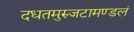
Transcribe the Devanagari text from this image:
दधतमुरुजटामण्डलं